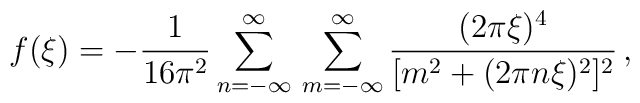
f(\xi )=-\frac{1}{16\pi ^{2}}\sum_{n=-\infty }^{\infty }\,\sum_{m=-\infty}^{\infty }\frac{(2\pi \xi )^{4}}{[m^{2}+(2\pi n\xi )^{2}]^{2}}\,,